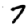
Digit: 7